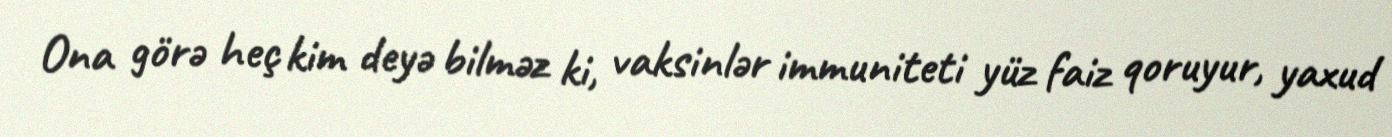
Ona görə heç kim deyə bilməz ki, vaksinlər immuniteti yüz faiz qoruyur, yaxud